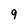
Character: 9